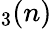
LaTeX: _3(n)